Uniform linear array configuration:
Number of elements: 8
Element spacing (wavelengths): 1
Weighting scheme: kaiser
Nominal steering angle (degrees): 0
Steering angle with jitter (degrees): -1.693
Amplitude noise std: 0.05
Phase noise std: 0.05

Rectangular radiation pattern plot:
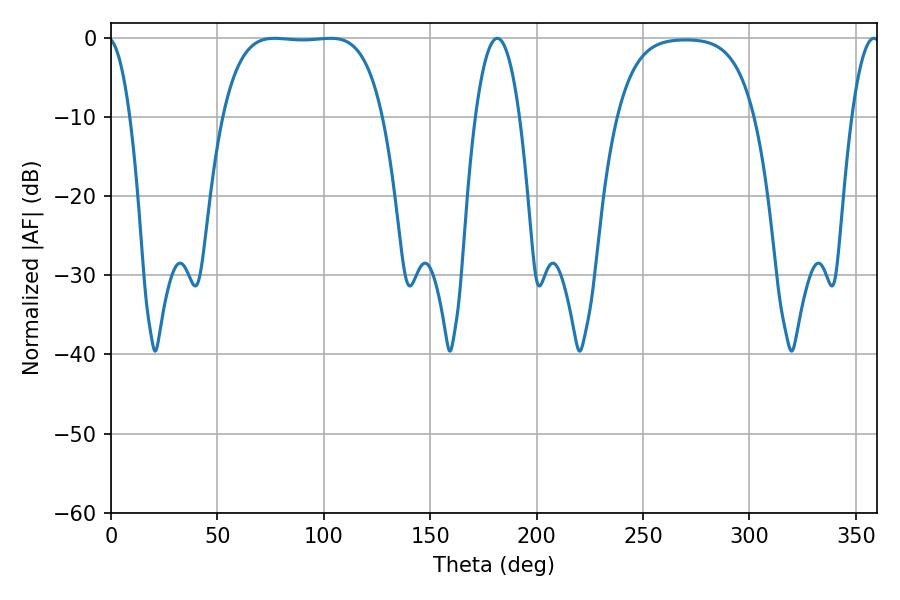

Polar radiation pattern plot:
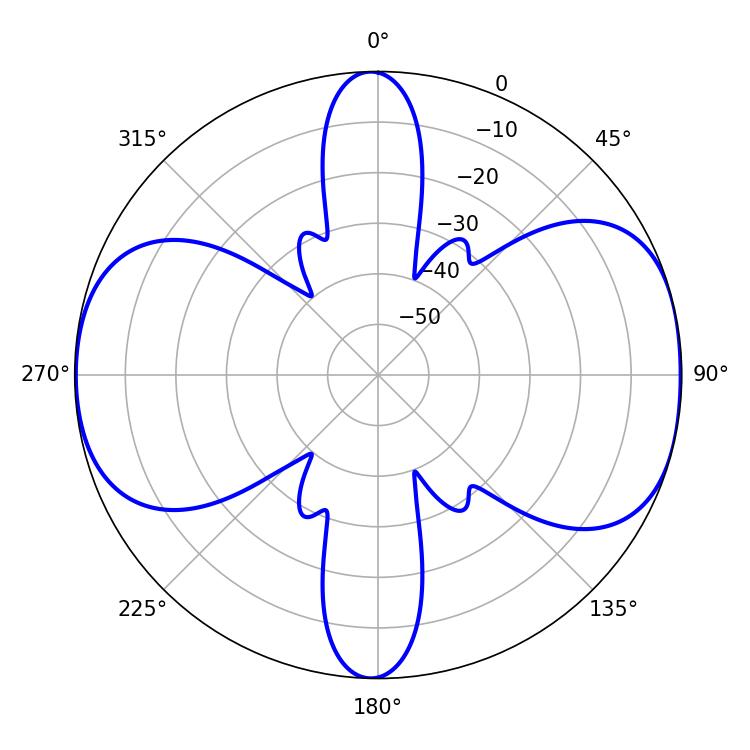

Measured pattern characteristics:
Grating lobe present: TRUE
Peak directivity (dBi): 9.413
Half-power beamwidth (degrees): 58.32
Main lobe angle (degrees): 76.68